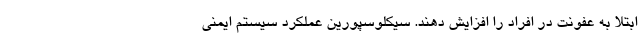
ابتلا به عفونت در افراد را افزایش دهند. سیکلوسپورین عملکرد سیستم ایمنی